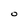
Character: O